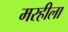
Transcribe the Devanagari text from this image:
मरहीला